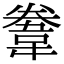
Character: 韏